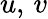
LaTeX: u,\, v